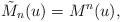
LaTeX: \begin{align*}{\tilde M}_n(u) = M^{n}(u),\end{align*}